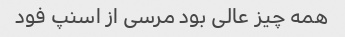
همه چیز عالی بود مرسی از اسنپ فود